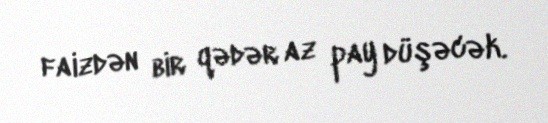
faizdən bir qədər az pay düşəcək.